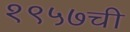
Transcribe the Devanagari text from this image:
१९५७ची